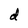
Character: d